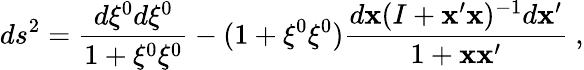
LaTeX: ds^{2}=\frac{d\xi^{0}d\xi^{0}}{1+\xi^{0}\xi^{0}}-(1+\xi^{0}\xi^{0})\frac{d{\mathbf x}(I+{\mathbf x}^{\prime}{\mathbf x})^{-1}d{\mathbf x}^{\prime}}{1+{\mathbf x}{\mathbf x}^{\prime}}~,